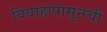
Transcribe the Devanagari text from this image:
विवाहापासूनची